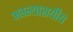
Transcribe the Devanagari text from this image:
अग्न्याशयीय